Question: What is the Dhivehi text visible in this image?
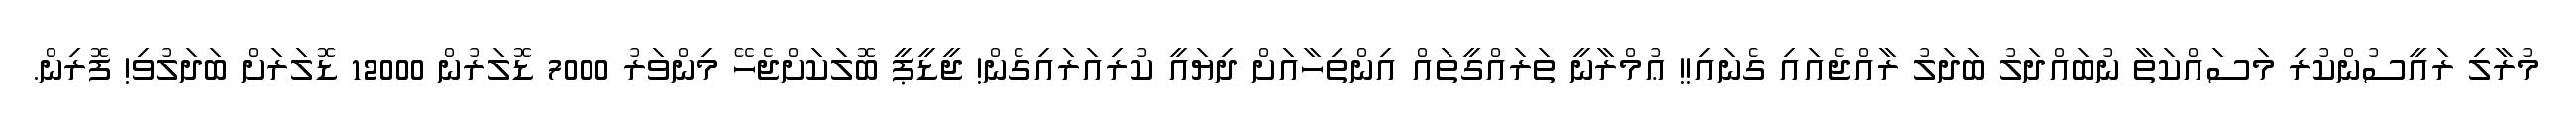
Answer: މުރާލި ރައީސުންކުރި މަސައްކަތާ ނުބައްދަލު ބަދަލު ރާއްޖެއައި ގެނައި!! ޢުމްރާނީ ތަރައްގީތައް އިންތިހާއަށް ދިޔައީ ކުރިއަރައިގެން! ޖީޑީޕީ ބޮލަކަށްޖެހޭ މިންވަރު 7000 ޑޮލަރުން 12000 ޑޮލަރަށް ބަދަލުވި! ފޮރިން.